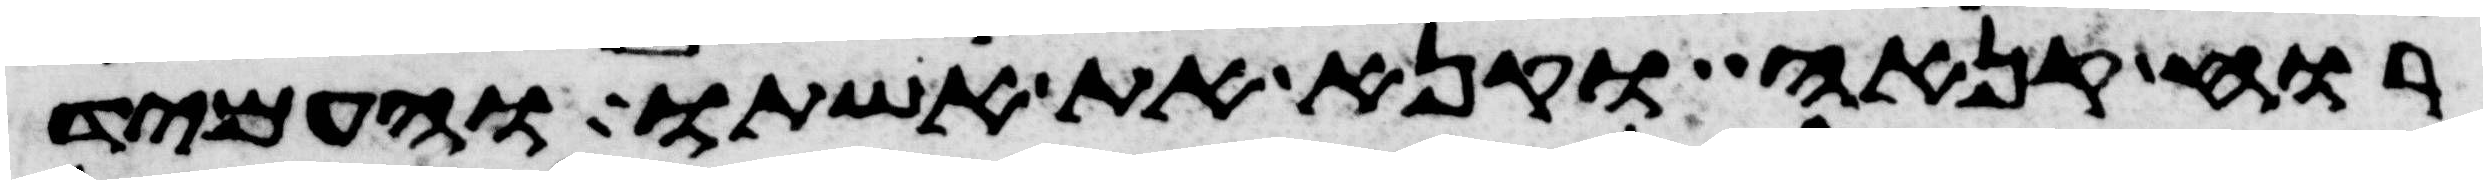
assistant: רוח קנאה וקנא את אשתו והעמיד